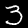
Digit: 3